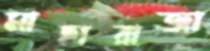
মাহারাজা